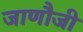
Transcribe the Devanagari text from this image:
जाणौजी